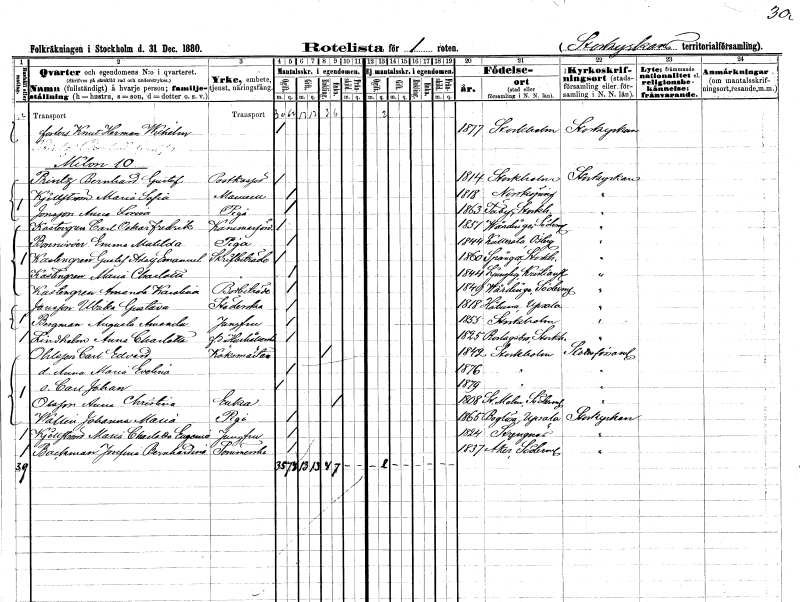
gt_parse: households: individuals: FN: Knut Herman Wilhelm
KON: M
CIV: O
FODAR: 1877
FODFORS: Stockholm
FN: Bernhard Gustaf
EN: Printz
YRKE: Postkassör
KON: M
CIV: O
FODAR: 1814
FODFORS: Stockholm
FN: Maria Sofia
EN: Kjellström
KON: K
CIV: O
FODAR: 1818
FODFORS: Norrköping Östergötlands län
FN: Anna Lovisa
EN: Jonsson
YRKE: Piga
KON: K
CIV: O
FODAR: 1863
FODFORS: Täby Stockholms län
FN: Carl Oskar Fredrik
EN: Kastengren
YRKE: Kammarförvaltare
KON: M
CIV: O
FODAR: 1851
FODFORS: Vårdinge Stockholms län
FN: Emma Matilda
EN: Bonnivier
YRKE: Piga
KON: K
CIV: O
FODAR: 1844
FODFORS: Kättilstad Östergötlands län
FN: Gustaf Adolf Emanuel
EN: Kastengren
YRKE: Skrivbiträde
KON: M
CIV: O
FODAR: 1860
FODFORS: Spånga Stockholms län
FN: Maria Charlotta
EN: Kastengren
KON: K
CIV: O
FODAR: 1844
FODFORS: Ljungby Kristianstads län
FN: Amanda Karolina
EN: Kastengren
YRKE: Bodbiträde
KON: K
CIV: O
FODAR: 1849
FODFORS: Vårdinge Stockholms län
FN: Ulrika Gustava
EN: Jansson
YRKE: Städerska
KON: K
CIV: O
FODAR: 1818
FODFORS: Håtuna Stockholms län
FN: Augusta Amanda
EN: Bergman
YRKE: Jungfru
KON: K
CIV: O
FODAR: 1855
FODFORS: Stockholm
FN: Anna Charlotta
EN: Lindholm
YRKE: Hushållerska f.d.
KON: K
CIV: O
FODAR: 1825
FODFORS: Roslags-Bro Stockholms län
FN: Carl Edvard
EN: Ohlsson
YRKE: Köksmästare
KON: M
CIV: E
FODAR: 1842
FODFORS: Stockholm
FN: Anna Maria Evelina
KON: K
CIV: O
FODAR: 1876
FODFORS: Stockholm
FN: Carl Johan
KON: M
CIV: O
FODAR: 1879
FODFORS: Stockholm
FN: Anna Christina
EN: Olsson
YRKE: Änka
KON: K
CIV: E
FODAR: 1808
FODFORS: Stora Malm Södermanlands län
FN: Johanna Maria
EN: Wallin
YRKE: Piga
KON: K
CIV: O
FODAR: 1865
FODFORS: Boglösa Uppsala län
FN: Maria Charlotta Eugenia
EN: Kjellström
YRKE: Jungfru
KON: K
CIV: O
FODAR: 1824
FODFORS: Strängnäs Södermanlands län
FN: Josefina Bernhardina
EN: Backman
YRKE: Sömmerska
KON: K
CIV: O
FODAR: 1837
FODFORS: Åker Södermanlands län